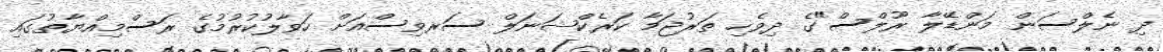
ދި ނެލްސަން މަންޑޭލާ ރޫލްސް"ގެ ދިވެހި ތަރުޖަމާ ކަރެކްޝަނަލް ސަރވިސްއަށް ހަވާލުކުރުމުގެ ރަސްމިއްޔާތުގައި